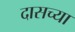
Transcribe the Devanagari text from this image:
दासच्या